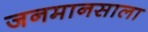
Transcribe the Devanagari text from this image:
जनमानसाला